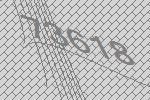
73618